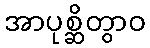
အာပုစ္ဆိတွာဝ